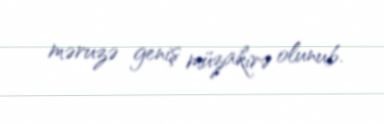
məruzə geniş müzakirə olunub.